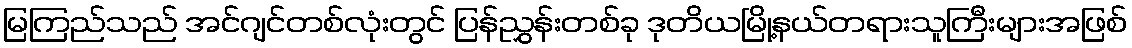
မြကြည်သည် အင်ဂျင်တစ်လုံးတွင် ပြန်ညွှန်းတစ်ခု ဒုတိယမြို့နယ်တရားသူကြီးများအဖြစ်